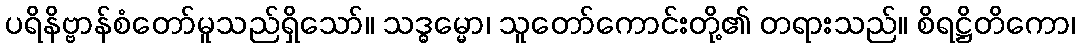
ပရိနိဗ္ဗာန်စံတော်မူသည်ရှိသော်။ သဒ္ဓမ္မော၊ သူတော်ကောင်းတို့၏ တရားသည်။ စိရဋ္ဌိတိကော၊